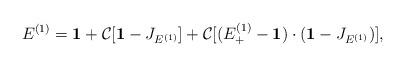
LaTeX: \begin{align*} E^{(1)}=\mathbf{1} + \mathcal{C}[\mathbf{1}-J_{E^{(1)}}]+ \mathcal{C}[(E^{(1)}_+-\mathbf{1})\cdot(\mathbf{1}-J_{E^{(1)}})],\end{align*}